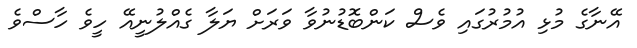
އޭނާގެ މުޅި އުމުރުގައި ވެސް ކަންބޮޑުނުވާ ވަރަށް ޔަލާ ގެއްލުނީއޭ ހީވެ ހާސްވެ